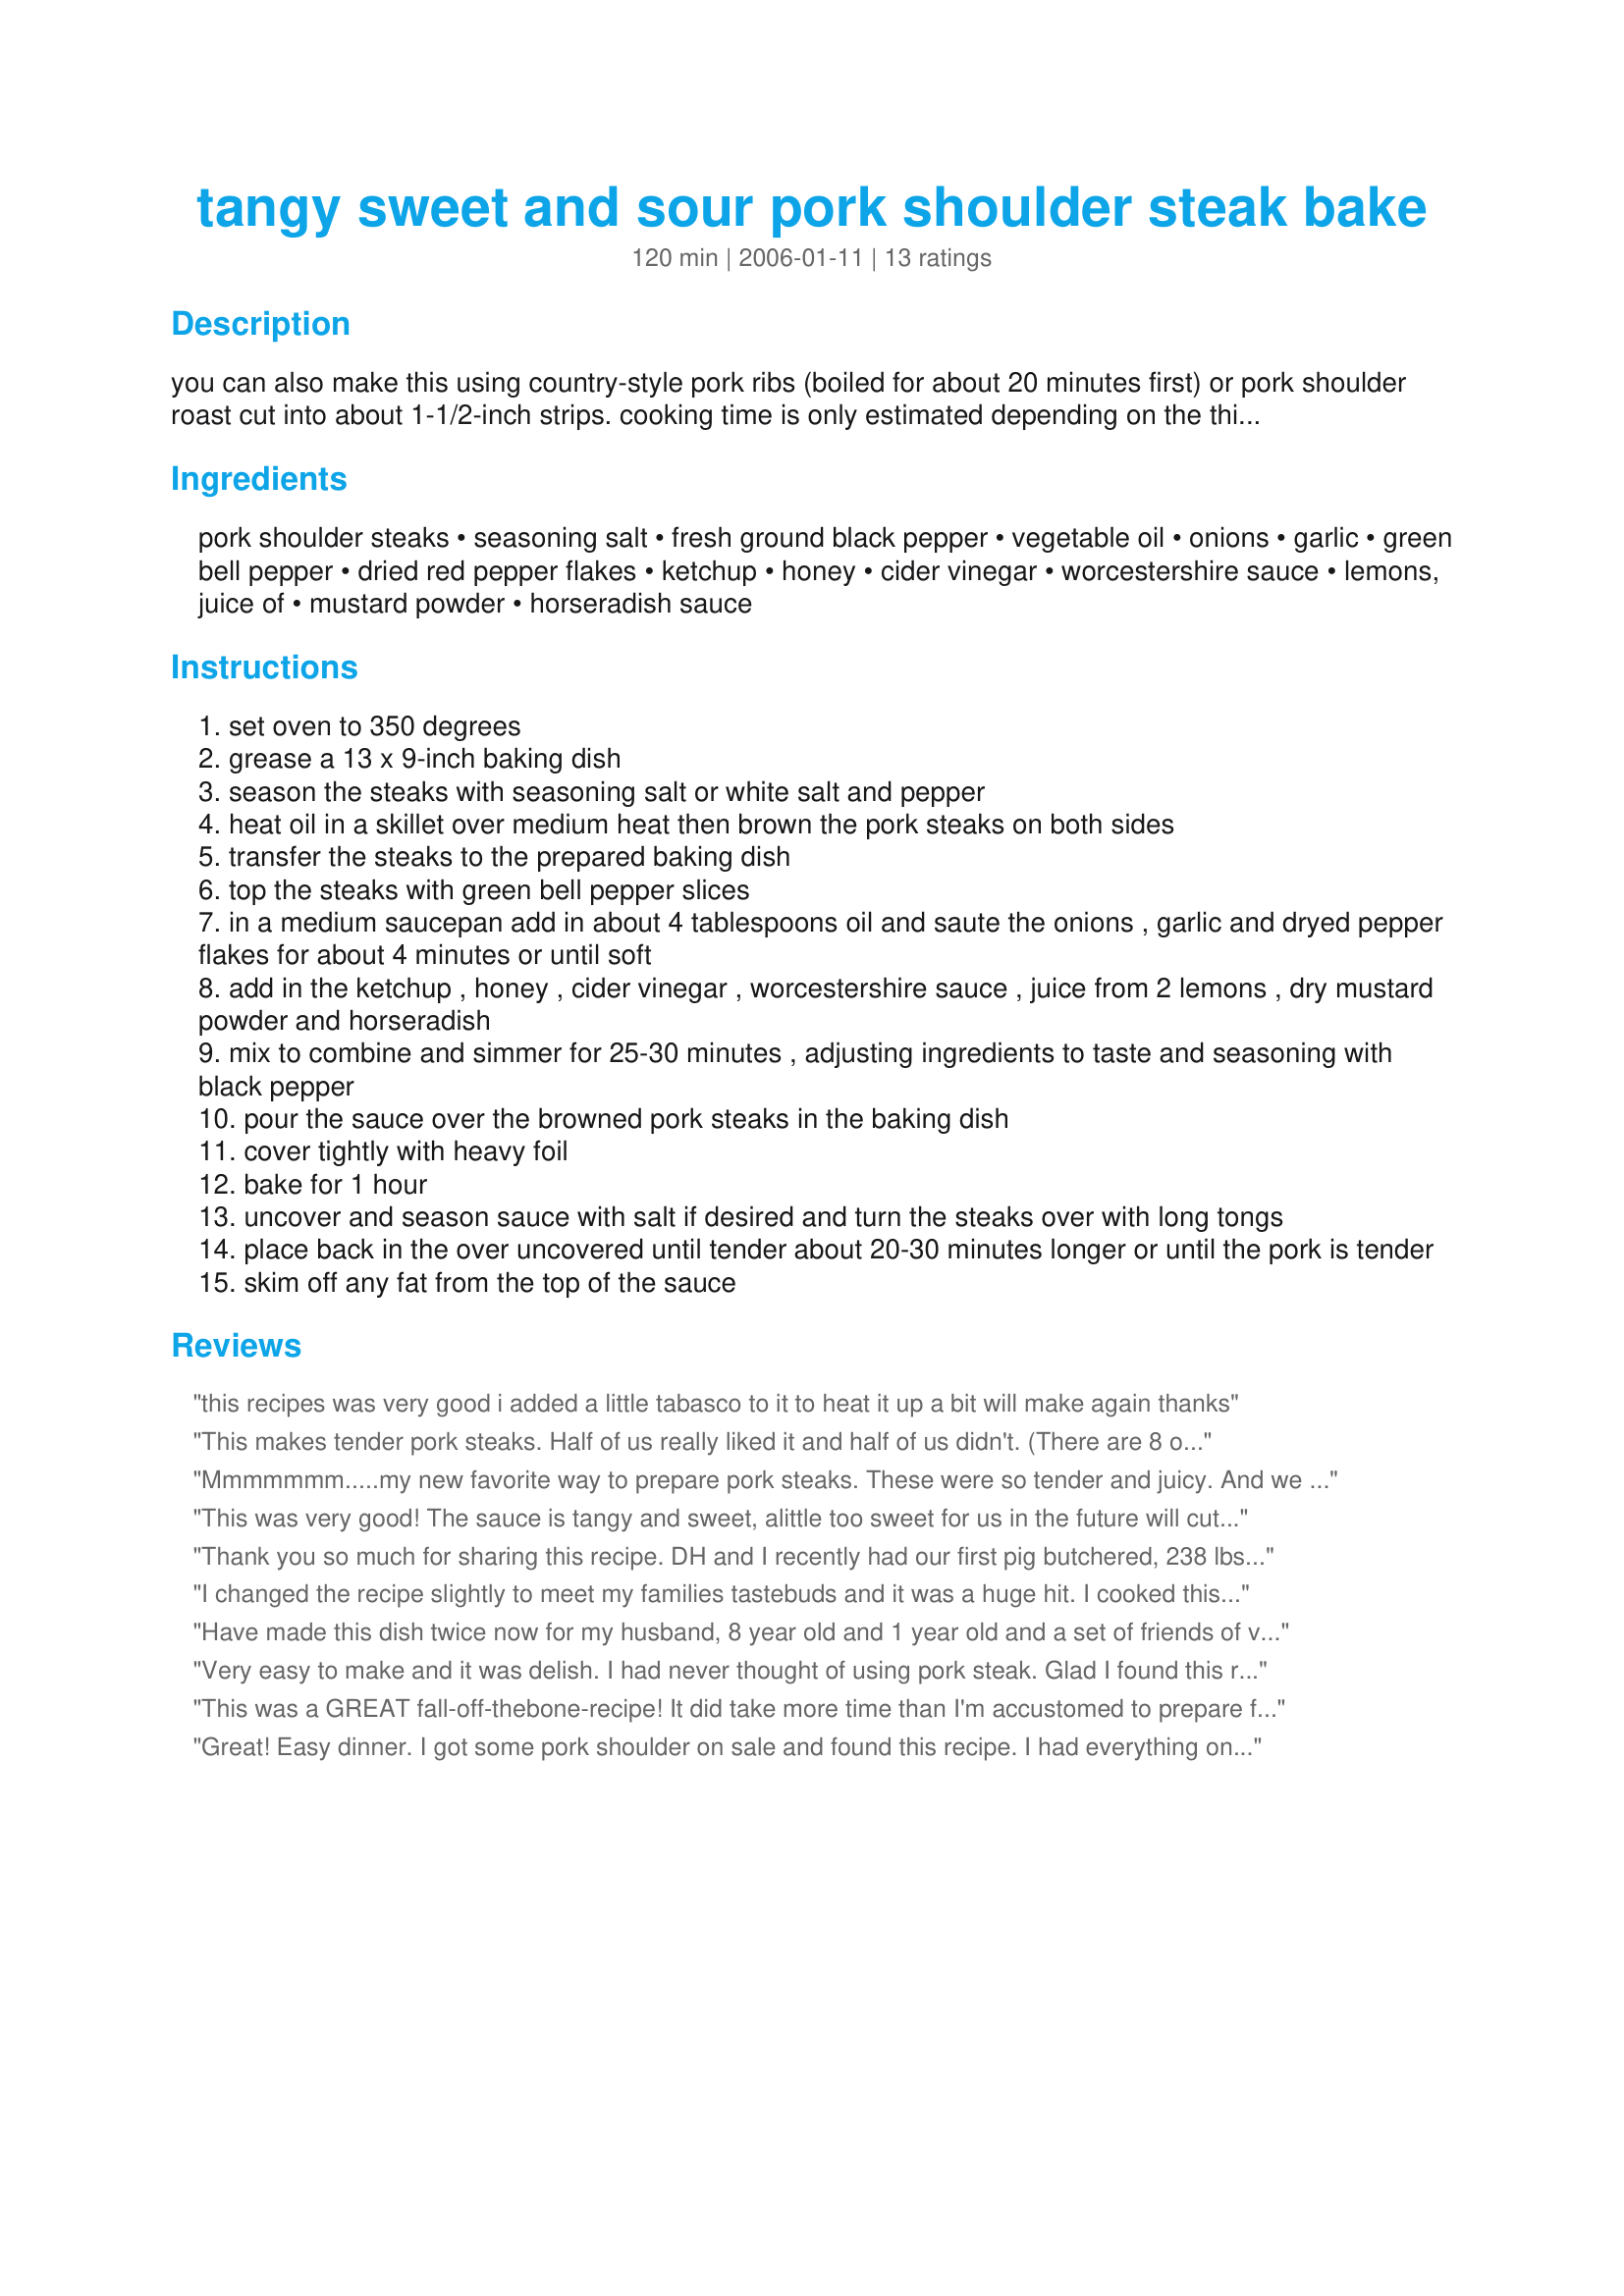
tangy sweet and sour pork shoulder steak bake
Preparation time: 120 minutes

you can also make this using country-style pork ribs (boiled for about 20 minutes first) or pork shoulder roast cut into about 1-1/2-inch strips. cooking time is only estimated depending on the thickness of pork. if you like lots of sauce then double the sauce ingredients.

Ingredients:
pork shoulder steaks, seasoning salt, fresh ground black pepper, vegetable oil, onions, garlic, green bell pepper, dried red pepper flakes, ketchup, honey, cider vinegar, worcestershire sauce, lemons, juice of, mustard powder, horseradish sauce

Steps:
set oven to 350 degrees
grease a 13 x 9-inch baking dish
season the steaks with seasoning salt or white salt and pepper
heat oil in a skillet over medium heat then brown the pork steaks on both sides
transfer the steaks to the prepared baking dish
top the steaks with green bell pepper slices
in a medium saucepan add in about 4 tablespoons oil and saute the onions , garlic and dryed pepper flakes for about 4 minutes or until soft
add in the ketchup , honey , cider vinegar , worcestershire sauce , juice from 2 lemons , dry mustard powder and horseradish
mix to combine and simmer for 25-30 minutes , adjusting ingredients to taste and seasoning with black pepper
pour the sauce over the browned pork steaks in the baking dish
cover tightly with heavy foil
bake for 1 hour
uncover and season sauce with salt if desired and turn the steaks over with long tongs
place back in the over uncovered until tender about 20-30 minutes longer or until the pork is tender
skim off any fat from the top of the sauce

Reviews:
this recipes was very good
i added a little tabasco to it to heat it up a bit
will make again
thanks
This makes tender pork steaks. Half of us really liked it and half of us didn't. (There are 8 of us) I think it was the cider vinegar that was a deterrent to some... The horseradish was a perfect touch. I served it over rice. Thanks!
Mmmmmmm.....my new favorite way to prepare pork steaks. These were so tender and juicy. And we loved the sauce on the top. DH liked the "zip" from the horseradish. I served this with mashed potatoes and we spooned the sauce on top of them too. Thank you Kittencal, I alway know I can depend on you for a winner recipe.
This was very good! The sauce is tangy and sweet, alittle too sweet for us in the future will cut the honey way back. I probably will taste without the honey and go from there. I used home dried serranos for the chilli flakes and could only use 4 of those and it was perfectly heated for me. Husband would like it hotter, but then no one else could eat it. Since it was only the two of us I used two 1 1/2-2 inch pork loin chops but kept the sauce the same. No leftovers :) Was thinking "I wonder why kit didn't saute the bells with the onions and garlic", but Kit knows best:) Also I believe this could be done in a crock pot, after browning the chops. I did cook it for the one hour covered, but when I went and uncovered them they were done and almost falling off the bone. So, I probably will cut the time down next time. I served this over rice with steamed broccoli on the side. The sauce was good over the broccoli also :) Thank you Kit for posting this delicious recipe. Shirl
Thank you so much for sharing this recipe. DH and I recently had our first pig butchered, 238 lbs of the best pork. However, I was having a problem with the pork shoulder steaks, and we have alot. Coming from the northeast coast ( now homesteading in rural Missouri) I had not become aquainted with that cut of the other "white" meat. Tried another recipe, just didn't do it for me, great flavor, just too tough. I figured braising was the key. Researched Zaar and found your recipe. WOW, the flavor and so tender. The only addition was I added some brown sugar to the sauce as the vinegar was a little too tangy for my taste buds and I threw in some peeled and guartered potatoes. Thanks again Kittencal, this is a keeper for us. Leslie
I changed the recipe slightly to meet my families tastebuds and it was a huge hit. I cooked this on a hot Missouri day so I placed in the Crock Pot instead of the oven. My son is already asking for me to make it again.
Have made this dish twice now for my husband, 8 year old and 1 year old and a set of friends of varying ages. All really liked it. Good tasty economical dish.
Very easy to make and it was delish. I had never thought of using pork steak. Glad I found this recipe. I made a few changes, One I left out the horseradish as I didn't have any; secondly I used a chicken and seafood spice instead of salt when I fried the steaks. I can't have much salt so it was a great sub in. I served over rice. Next time I make this I will thicken the sauce just a little bit. Other than that it was perfect. Thanks for sharing!
This was a GREAT fall-off-thebone-recipe! It did take more time than I'm accustomed to prepare for dinner but it was definitely worth the wait. The steaks were very very tender. I'm not much of a steak or meat eater because I can never seem to get the meat tender enough to suit me but these were scrumptious! A great balance of sweet & spicy! My boyfriend LOVED them (he's more the meat eater). Thanks so much for the recipe! I plan to pass it on.
Great! Easy dinner. I got some pork shoulder on sale and found this recipe. I had everything on hand! I doubled the green pepper, omitted the horseradish and halved the red pepper. I have a 5 year old and 1 year old and didn&#039;t want it too spicy. They both LOVED It! I served with brown rice.
Really good, need to trim additional fat off next time.
I didn't have horseradish on hand so I omitted it and I substitued more thiny sliced onions for my lack of bell peppers and it still turned out DEEELICIOUS! The pork shoulder was very tender and juicy and it was tangy, sweet and sour, with a hint of hot. Loved it!
My husband found this recipe, and I'm oh so glad he did! The sauce smelled fantastic in the kitchen, and when the pork came out of the oven, it was so tender that we didn't even need a knife to cut it! Even my picky 9 year old son loved it and asked for more! It's already on my list of favorites and I can't wait to make it again!
